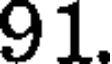
91.